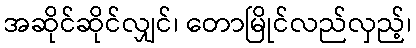
အဆိုင်ဆိုင်လျှင်၊ တောမြိုင်လည်လှည့်၊